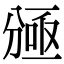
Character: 𠔠